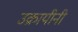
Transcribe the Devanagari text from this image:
उक्रायीनी